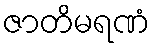
ဇာတိမရဏံ